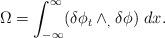
LaTeX: \begin{align*}\Omega=\int_{-\infty}\sp{\infty}(\delta \phi_{t}\wedge_{,}\delta \phi)\hspace{.05in}dx.\end{align*}